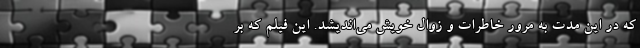
که در اين مدت به مرور خاطرات و زوال خويش مي‌انديشد. اين فيلم که بر